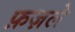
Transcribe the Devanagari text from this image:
फ़ज़ले